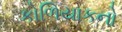
કોળિયાકનો